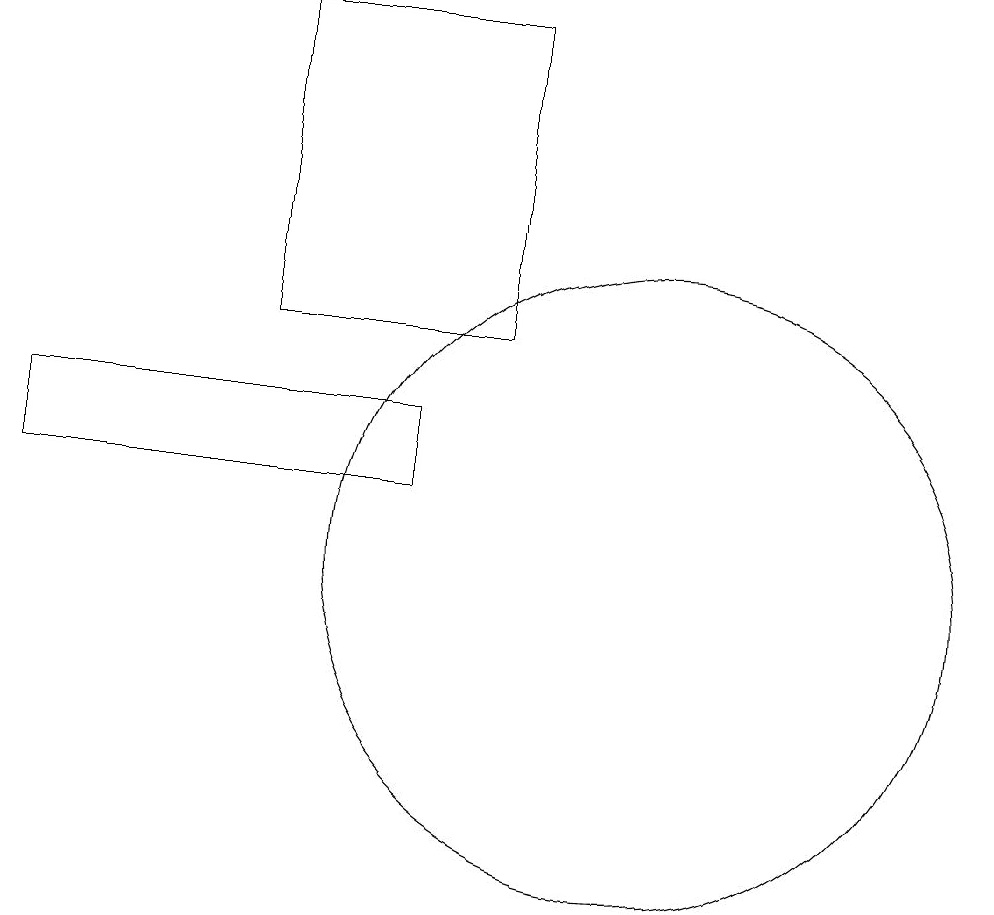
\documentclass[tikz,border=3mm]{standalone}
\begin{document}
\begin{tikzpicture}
\draw (7,12) rectangle (2,13);
\draw (8,18) rectangle (5,14);
\draw (4,15) rectangle (4,15);
\draw (10,11) circle (4);
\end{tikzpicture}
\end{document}